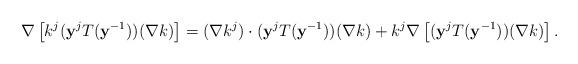
LaTeX: \begin{align*} \nabla \left[k^j (\mathbf y^j T(\mathbf y^{-1}))(\nabla k) \right] = (\nabla k^j) \cdot (\mathbf y^j T(\mathbf y^{-1}))(\nabla k) + k^j \nabla \left[ (\mathbf y^j T(\mathbf y^{-1}))(\nabla k) \right]. \end{align*}